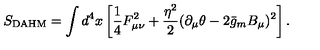
S _ { \mathrm { D A H M } } = \int d ^ { 4 } x \left[ \frac 1 4 F _ { \mu \nu } ^ { 2 } + \frac { \eta ^ { 2 } } { 2 } ( \partial _ { \mu } \theta - 2 \bar { g } _ { m } B _ { \mu } ) ^ { 2 } \right] .